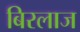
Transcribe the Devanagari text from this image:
बिरलाज